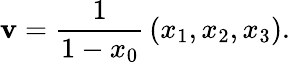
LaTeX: \mathbf{v}={\frac{1}{1-x_{0}}}\left(x_{1},x_{2},x_{3}\right).